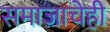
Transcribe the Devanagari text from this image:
समाजाचेही